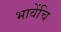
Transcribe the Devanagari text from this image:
भावेंचि